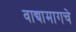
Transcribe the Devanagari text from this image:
वाद्यामागचे